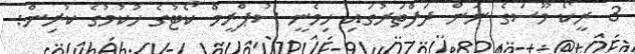
3 ރީކޯ މޫސަގެ ނަން ދަފްތަރުގައި ހިމެނީ ސުޕްރީމް ކޯޓުގެ ހުކުމުގެ ކުރިން: